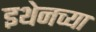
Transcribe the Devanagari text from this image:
इथेनच्या